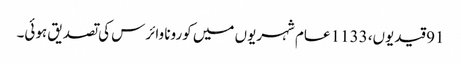
91 قیدیوں، 1133 عام شہریوں میں کورونا وائرس کی تصدیق ہوئی۔